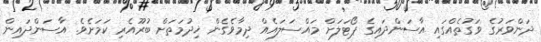
ދަންވަރުގެ ވަގުތެއްގައި އާސަންދައިގެ ޕޯޓަލަށް މައްސަލައެއް ދިމާވެގެން ޚިދުމަތަށް ބުރޫއެރި ކަމަށެވެ. އާސަންދައިން